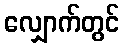
လျှောက်တွင်